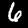
Label: 6